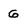
Character: 6